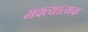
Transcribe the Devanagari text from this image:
भक्त्यात्मक